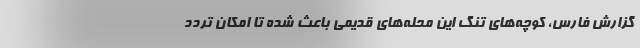
گزارش فارس، کوچه‌های تنگ این محله‌های قدیمی باعث شده تا امکان تردد